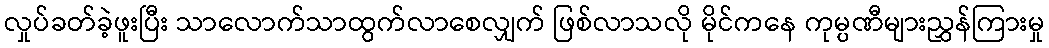
လှုပ်ခတ်ခဲ့ဖူးပြီး သာလောက်သာထွက်လာစေလျှက် ဖြစ်လာသလို မိုင်ကနေ ကုမ္ပဏီများညွှန်ကြားမှု